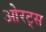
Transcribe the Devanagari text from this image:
ओरट्स